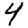
Digit: 4